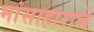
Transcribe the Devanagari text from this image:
मांसाहाराचे